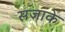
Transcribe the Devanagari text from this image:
सजाके